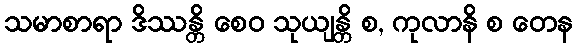
သမာစာရာ ဒိဿန္တိ စေဝ သုယျန္တိ စ, ကုလာနိ စ တေန